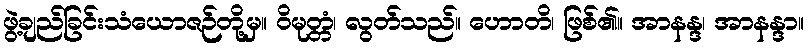
ဖွဲ့ချည်ခြင်းသံယောဇဉ်တို့မှ။ ဝိမုတ္တံ၊ လွတ်သည်။ ဟောတိ၊ ဖြစ်၏။ အာနန္ဒ၊ အာနန္ဒာ။